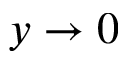
{ y \to 0 }